Leaving Certificate Examination (including Day School Certificate (Higher) General paper), 1930
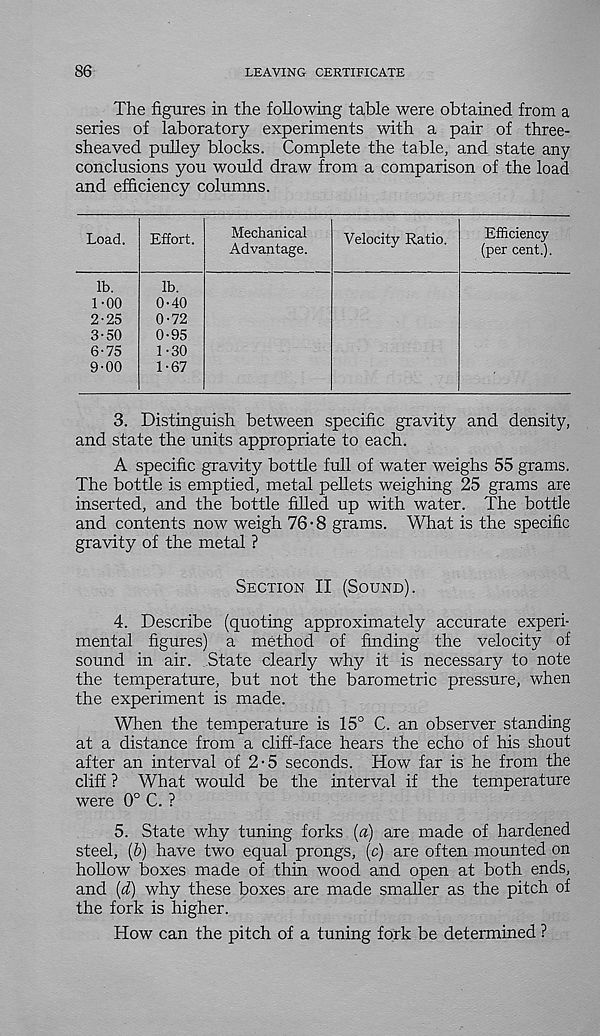
86
LEAVING CERTIFICATE
The figures in the following table were obtained from a
series of laboratory experiments with a pair of three-
sheaved pulley blocks. Complete the table, and state any
conclusions you would draw from a comparison of the load
and efficiency columns.
Load.
lb.
1-00
2-
25
3-
50
6-75
9’00
lb.
0-40
0-72
0-95
1-30
1-67
Mechanical
Advantage.
Velocity Ratio.
Efficiency
(per cent.).
3. Distinguish between specific gravity and density,
and state the units appropriate to each.
A specific gravity bottle full of water weighs 55 grams.
The bottle is emptied, metal pellets weighing 25 grams are
inserted, and the bottle filled up with water. The bottle
and contents now weigh 76 • 8 grams. What is the specific
gravity of the metal ?
Section II (Sound).
4. Describe (quoting approximately accurate experi-
mental figures) a method of finding the velocity of
sound in air. State clearly why it is necessary to note
the temperature, but not the barometric pressure, when
the experiment is made.
When the temperature is 15° C. an observer standing
at a distance from a cliff-face hears the echo of his shout
after an interval of 2-5 seconds. How far is he from the
cliff ? What would be the interval if the temperature
were 0° C. ?
5. State why tuning forks {a) are made of hardened
steel, (6) have two equal prongs, (c) are often mounted on
hollow boxes made of thin wood and open at both ends,
and {d) why these boxes are made smaller as the pitch of
the fork is higher.
How can the pitch of a tuning fork be determined ?